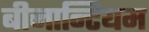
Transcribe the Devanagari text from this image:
बीजान्टियम